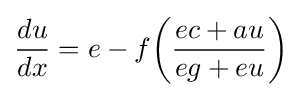
{\frac {du}{dx}}=e-f{\bigg (}{\frac {ec+au}{eg+eu}}{\bigg )}